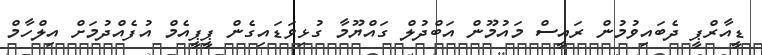
ޑީއާރްޕީ ދެބައިވުމުން ރައީސް މައުމޫން އަބްދުލް ގައްޔޫމާ ގުޅިވަޑައިގެން ޕީޕީއެމް އުފެއްދުމަށް އިލްހާމް